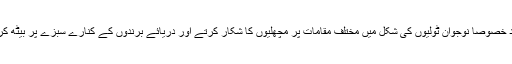
مقامی و غیر مقامی افراد خصوصاً نوجوان ٹولیوں کی شکل میں مختلف مقامات پر مچھلیوں کا شکار کرتے اور دریائے برندوں کے کنارے سبزے پر بیٹھ کر پکنک کیا کرتے تھے۔